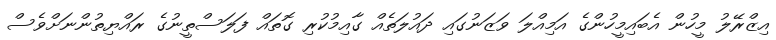
އިޒްރޭލު މީހުން އެބައިމީހުންގެ އަމިއްލަ ވަޒަނުގައި ދައުލަތެއް ގާއިމުކުރި ގޮތައް ފަލަސްތީނުގެ ރައްޔިތުންނަށްވެސް